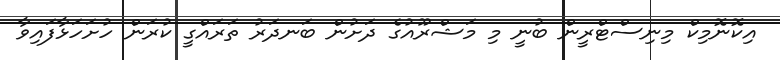
އިކޮނޮމިކް މިނިސްޓްރީން ބުނީ މި މަޝްރޫއުގެ ދަށުން ބަނދަރު ތަރައްގީ ކުރަން ހުށަހަޅާފައިވާ